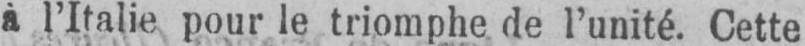
à l’Italie pour le triomphe de l’unité. Cette